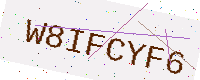
Text: W8IFCYF6